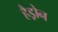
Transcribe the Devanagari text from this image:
हैड्रोन